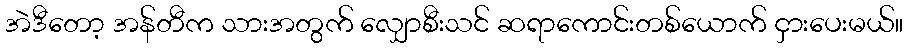
အဲဒီတော့ အန်တီက သားအတွက် လျှောစီးသင် ဆရာကောင်းတစ်ယောက် ငှားပေးမယ်။